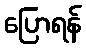
ပြောရန်